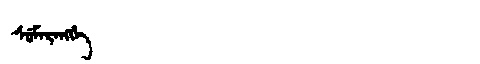
Manchu: ᠰᡠᠮᠠᡵᠠᠩᡤᡝ
Romanization: SUMARANGGE